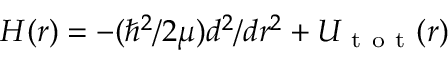
H ( r ) = - ( \hbar ^ { 2 } / 2 \mu ) d ^ { 2 } / d r ^ { 2 } + U _ { \mathrm { ~ t ~ o ~ t ~ } } ( r )